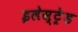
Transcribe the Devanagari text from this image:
इलेस्ट्रेड